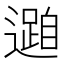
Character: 𮟓